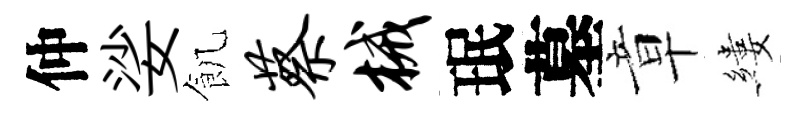
仲娑飢蔡械珉墓章縷